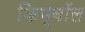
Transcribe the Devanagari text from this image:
किम्बॉल